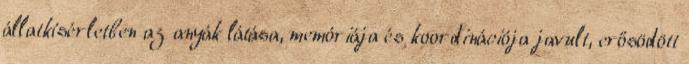
állatkísérletben az anyák látása, memóriája és koordinációja javult, erősödött